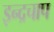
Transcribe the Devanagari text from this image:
इन्द्रचाप